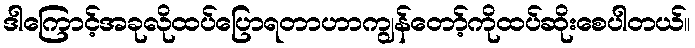
ဒါကြောင့်အခုလိုထပ်ပြောရတာဟာကျွန်တော့်ကိုထပ်ဆိုးစေပါတယ်။